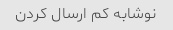
نوشابه کم ارسال کردن